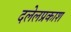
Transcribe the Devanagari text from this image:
दलेलप्रकाश